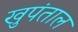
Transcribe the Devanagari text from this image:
खुपंताल